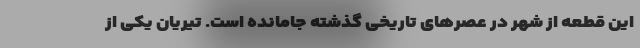
این قطعه از شهر در عصر‌های تاریخی گذشته جامانده است. تیریان یکی از